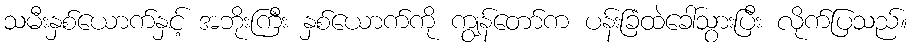
သမီးနှစ်ယောက်နှင့် အဘိုးကြီး နှစ်ယောက်ကို ကျွန်တော်က ပန်းခြံထဲခေါ်သွားပြီး လိုက်ပြသည်။